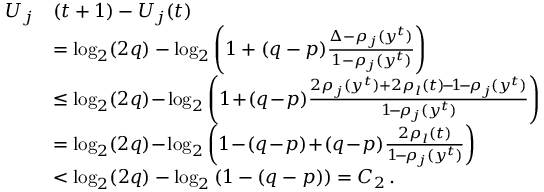
\begin{array} { r l } { U _ { j } } & { ( t + 1 ) - U _ { j } ( t ) } \\ & { = \log _ { 2 } ( 2 q ) - \log _ { 2 } \left( 1 + ( q - p ) \frac { \Delta - \rho _ { j } ( y ^ { t } ) } { 1 - \rho _ { j } ( y ^ { t } ) } \right) } \\ & { \le \log _ { 2 } ( 2 q ) \! - \! \log _ { 2 } \left( 1 \! + \! ( q \! - \! p ) \frac { 2 \rho _ { j } ( y ^ { t } ) + 2 \rho _ { l } ( t ) \! - \! 1 \! - \! \rho _ { j } ( y ^ { t } ) } { 1 \! - \! \rho _ { j } ( y ^ { t } ) } \right) } \\ & { = \log _ { 2 } ( 2 q ) \! - \! \log _ { 2 } \left( 1 \! - \! ( q \! - \! p ) \! + \! ( q \! - \! p ) \frac { 2 \rho _ { l } ( t ) } { 1 \! - \! \rho _ { j } ( y ^ { t } ) } \right) } \\ & { < \log _ { 2 } ( 2 q ) - \log _ { 2 } \left( 1 - ( q - p ) \right) = C _ { 2 } \, . } \end{array}